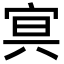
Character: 𡨕